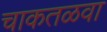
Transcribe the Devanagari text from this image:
चाकतळवा